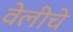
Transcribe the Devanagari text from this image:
वेलीचे